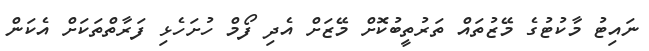
ނައިޓު މާކުޓުގެ މޭޒުތައް ތަރުތީބުކޮށް މޭޒަށް އެދި ފޯމް ހުށަހެޅި ފަރާތްތަކަަށް އެކަން